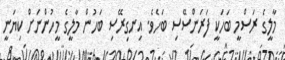
މާލީގެ ރަސްމީ ބަހަކީ ފަރަންސޭސި ބަހެވެ. އިނގިރޭސި ބަހުން މާލީގެ މީހުންނަށް ކިޔަނީ